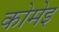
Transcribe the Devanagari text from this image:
कोमेइ